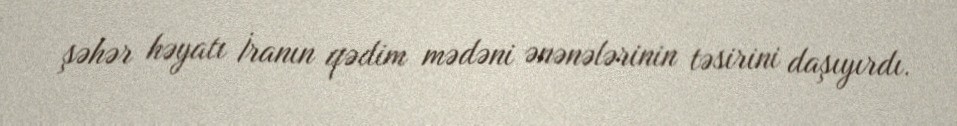
şəhər həyatı İranın qədim mədəni ənənələrinin təsirini daşıyırdı.